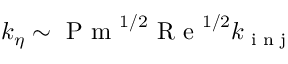
k _ { \eta } \sim \textrm { P m } ^ { 1 / 2 } \textrm { R e } ^ { 1 / 2 } k _ { \textrm { i n j } }